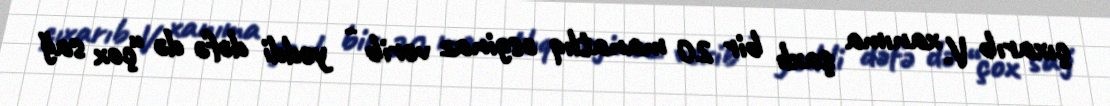
çıxarıb V. xanıma şaxlı bir 20 manatlıq əsginaz verib - yeddi dəfə də “çox sağ